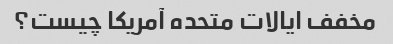
مخفف ایالات متحده آمریکا چیست؟